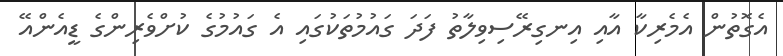
އެގޮތުން އެމެރިކާ އާއި އިނގިރޭސިވިލާތު ފަދަ ގައުމުތަކުގައި އެ ގައުމުގެ ކުށްވެރިންގެ ޑީއެންއޭ